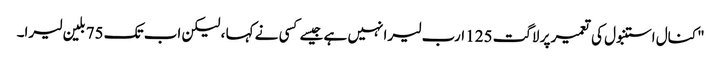
"کنال استنبول کی تعمیر پر لاگت 125 ارب لیرا نہیں ہے جیسے کسی نے کہا ، لیکن اب تک 75 بلین لیرا۔